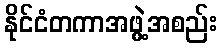
နိုင်ငံတကာအဖွဲ့အစည်း